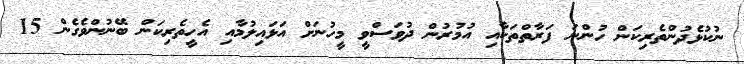
ނުކުޅެދުންތެރިކަން ހުންނަ ފަރާތްތަކާއި އުމުރުން ދުވަސްވީ މީހުނަށް އަޅައިލުމާއި އެހީތެރިކަން ބޭނުންވެގެން 15